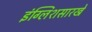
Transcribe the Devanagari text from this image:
इंग्लिशसारखे